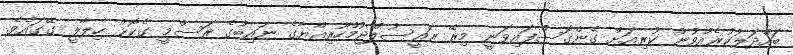
ބައްދަލުކުރެއްވުން ކުރިއަށް ގެންގޮސްފައިވަނީ މިރޭ ރައީސުލްޖުމްހޫރިއްޔާގެ ނައިބުގެ ރަސްމީ ގެކޮޅު ހިލާލީ ގޭގައެވެ.